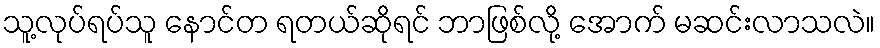
သူ့လုပ်ရပ်သူ နောင်တ ရတယ်ဆိုရင် ဘာဖြစ်လို့ အောက် မဆင်းလာသလဲ။